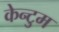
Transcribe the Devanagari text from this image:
केन्टुम